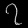
Digit: ၇